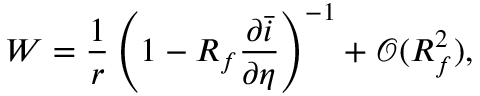
W = \frac { 1 } { r } \left( 1 - R _ { f } \frac { \partial \bar { i } } { \partial \eta } \right) ^ { - 1 } + \mathcal { O } ( R _ { f } ^ { 2 } ) ,